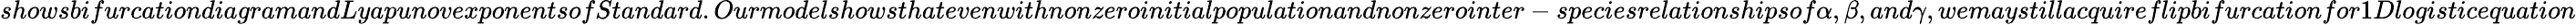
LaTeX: showsbifurcationdiagramandLyapunovexponentsofStandard.Ourmodelshowsthatevenwithnonzeroinitialpopulationandnonzerointer-speciesrelationshipsof\alpha,\beta,and\gamma,wemaystillacquireflipbifurcationfor1Dlogisticequation